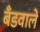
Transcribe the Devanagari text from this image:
बँडवाले